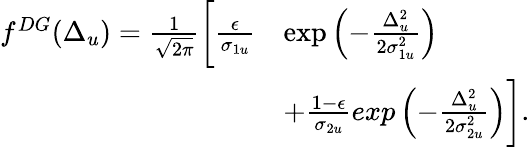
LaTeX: \begin{array}{rl}{f^{DG}(\Delta_{u})=\frac{1}{\sqrt{2\pi}}\bigg[\frac{\epsilon}{\sigma_{1u}}}&{\exp\left(-\frac{\Delta_{u}^{2}}{2\sigma_{1u}^{2}}\right)}\\ &{+\frac{1-\epsilon}{\sigma_{2u}}exp\left(-\frac{\Delta_{u}^{2}}{2\sigma_{2u}^{2}}\right)\bigg].}\end{array}